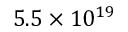
5 . 5 \times 1 0 ^ { 1 9 }